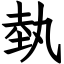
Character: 埶